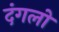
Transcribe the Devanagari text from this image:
दंगलो